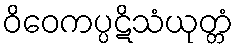
ဝိဝေကပ္ပဋိသံယုတ္တံ